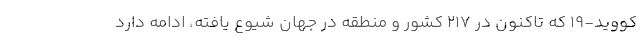
کووید-۱۹ که تاکنون در ۲۱۷ کشور و منطقه در جهان شیوع یافته، ادامه دارد